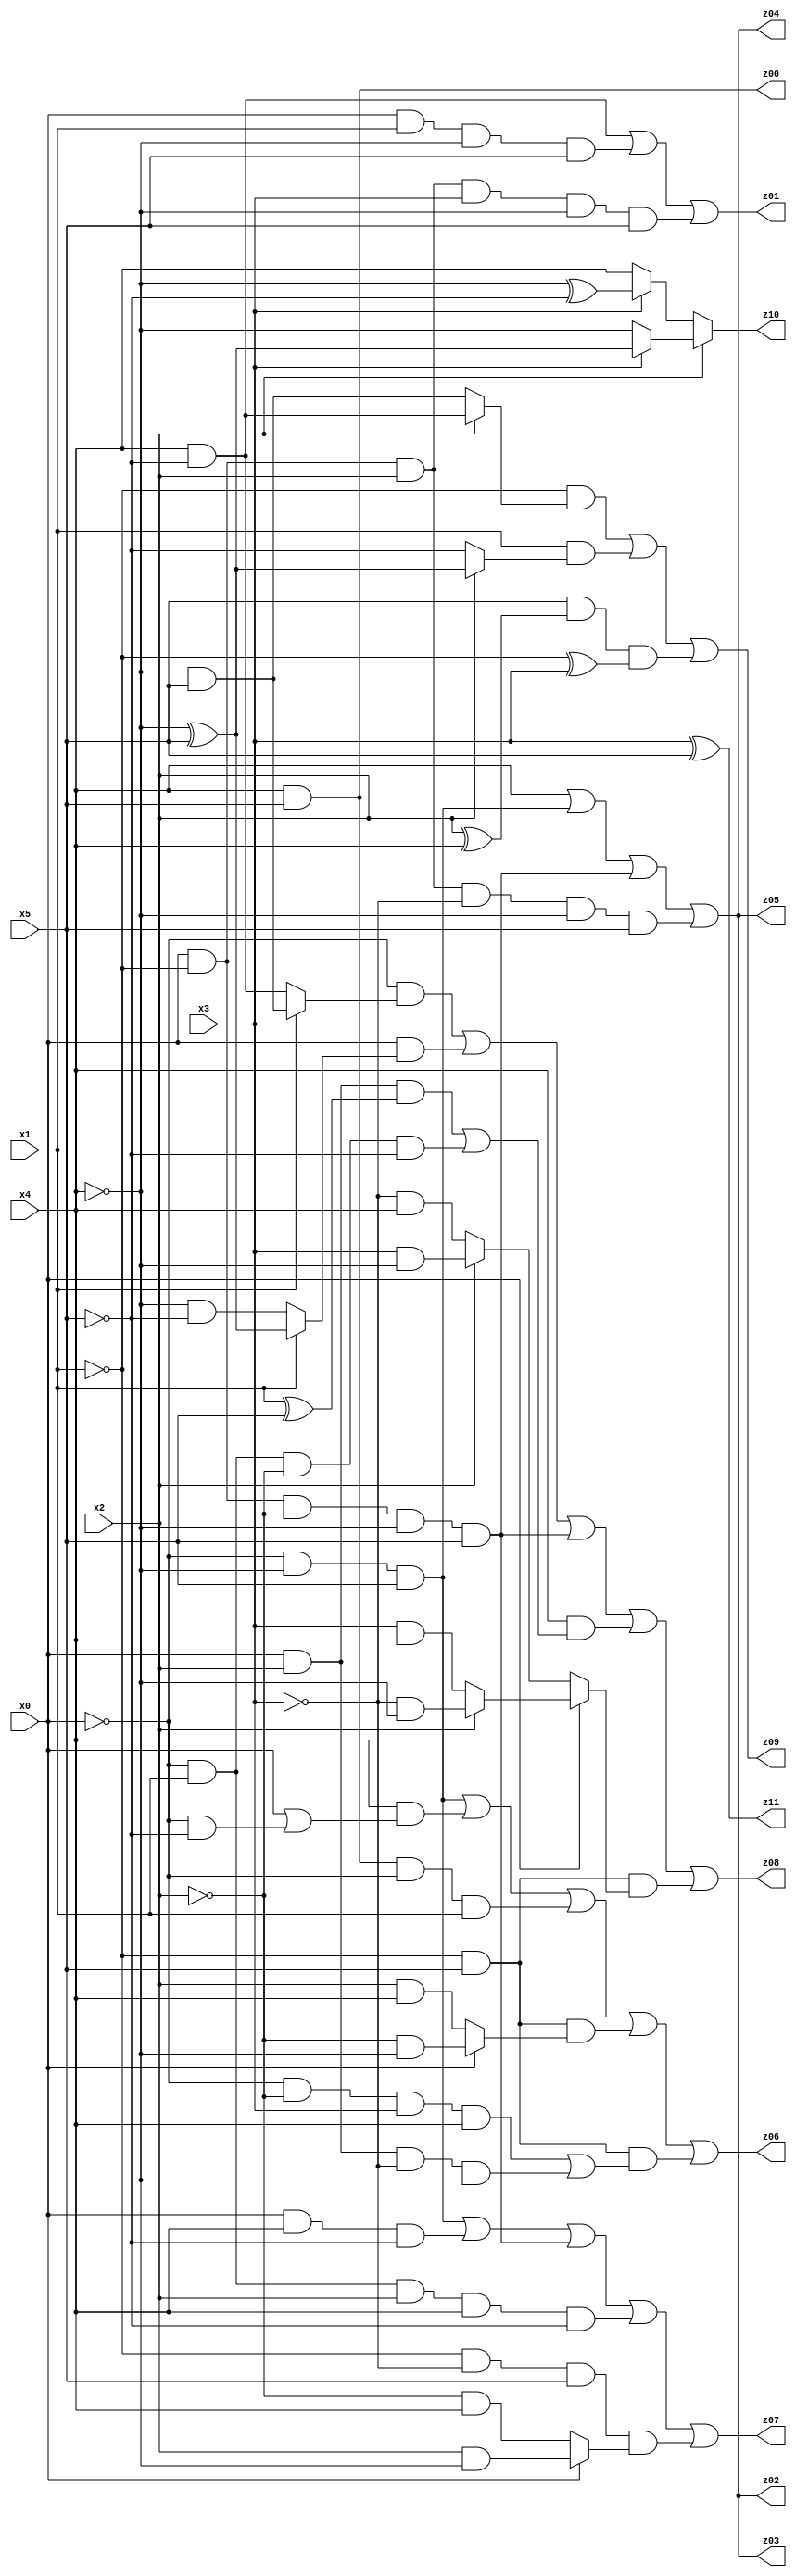
// Benchmark "X_34" written by ABC on Fri Jun 02 16:57:29 2023

module X_34 ( 
    x0, x1, x2, x3, x4, x5,
    z00, z01, z02, z03, z04, z05, z06, z07, z08, z09, z10, z11  );
  input  x0, x1, x2, x3, x4, x5;
  output z00, z01, z02, z03, z04, z05, z06, z07, z08, z09, z10, z11;
  assign z00 = x4 & x5;
  assign z01 = (x4 & ~x5) | (x0 & x1 & ~x4 & x5) | (x0 & ~x1 & x2 & x3 & ~x4 & x5);
  assign z02 = x4 | (~x0 & ~x4 & x5) | (x0 & ~x1 & ~x2 & ~x4 & x5) | (x0 & ~x1 & x2 & ~x3 & ~x4 & x5);
  assign z03 = x4 | (~x0 & ~x4 & x5) | (x0 & ~x1 & ~x2 & ~x4 & x5) | (x0 & ~x1 & x2 & ~x3 & ~x4 & x5);
  assign z04 = x4 | (~x0 & ~x4 & x5) | (x0 & ~x1 & ~x2 & ~x4 & x5) | (x0 & ~x1 & x2 & ~x3 & ~x4 & x5);
  assign z05 = x4 | (~x0 & ~x4 & x5) | (x0 & ~x1 & ~x2 & ~x4 & x5) | (x0 & ~x1 & x2 & ~x3 & ~x4 & x5);
  assign z06 = (~x0 & ~x4 & x5) | (x4 & (x0 | (~x0 & ~x5))) | (x4 & x5 & ~x0 & x1) | (~x1 & x5 & (x0 ? (~x2 & ~x4) : (x2 & x4))) | (~x1 & x5 & ((~x0 & ~x2 & x3 & x4) | (x0 & x2 & ~x3 & ~x4)));
  assign z07 = (~x0 & ~x4 & x5) | (x0 & x4 & ~x5) | (x0 & ~x1 & ~x2 & ~x4 & x5) | (~x0 & x1 & x2 & x4 & ~x5) | (~x1 & ~x3 & x5 & (x0 ? (x2 & ~x4) : (~x2 & x4)));
  assign z08 = (~x0 & (x1 ? (~x4 & x5) : (x4 & ~x5))) | (x0 & (x1 ? (~x4 ^ x5) : (~x4 & ~x5))) | (x0 & ~x1 & ~x2 & ~x4 & x5) | (x4 & ((x0 & x2 & (x1 ^ x5)) | (~x0 & x1 & ~x2 & ~x5))) | (~x1 & x5 & (x0 ? (x2 ? (~x3 & ~x4) : (x3 & x4)) : (x2 ? (x3 & ~x4) : (~x3 & x4))));
  assign z09 = (~x1 & (x2 ? (x4 & ~x5) : (~x4 & x5))) | (x1 & (x2 ? (~x4 ^ x5) : ~x5)) | (x5 & (x2 ^ x4) & (~x1 ^ x3));
  assign z10 = x2 ? (x3 ? (~x4 ^ x5) : ~x4) : (x3 ? (~x4 ^ ~x5) : x4);
  assign z11 = x3 ^ x5;
endmodule